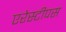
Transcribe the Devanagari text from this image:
एरेस्टीपस